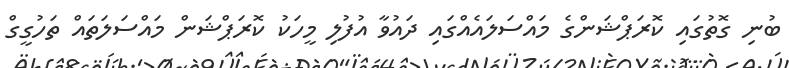
ބުނި ގޮތުގައި ކޮރަޕްޝަންގެ މައްސަލައެއްގައި ދައުވާ އުފުލި މީހަކު ކޮރަޕްޝަން މައްސަލަތައް ތަހުގީގް